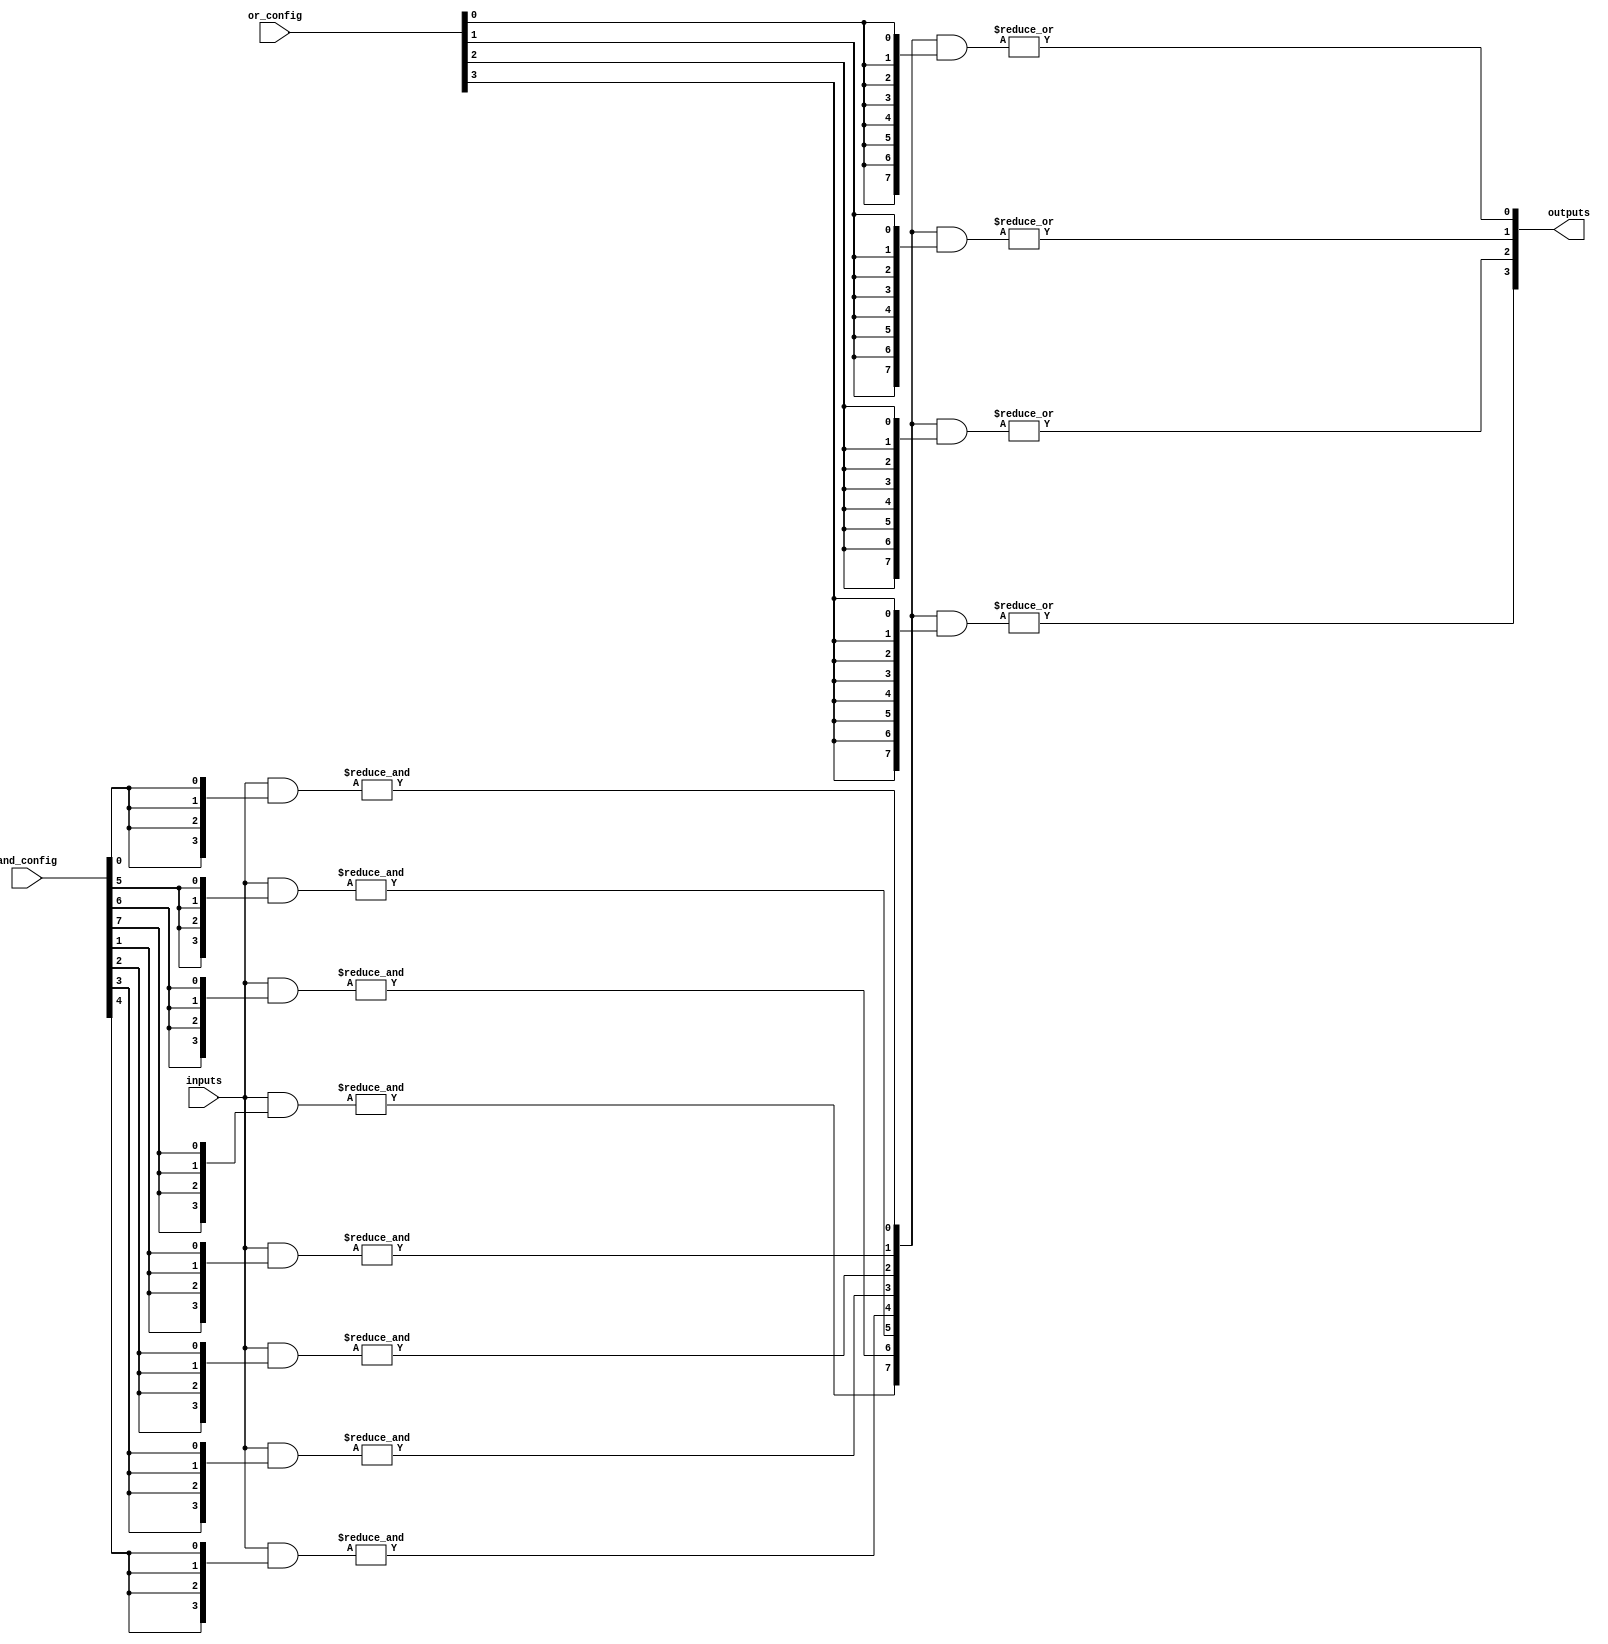
module GPAL #(
    parameter NUM_INPUTS = 4,    // Number of input lines
    parameter NUM_AND_GATES = 8,  // Number of AND gates
    parameter NUM_OR_GATES = 4     // Number of OR gates
)(
    input wire [NUM_INPUTS-1:0] inputs,                   // Input lines
    input wire [NUM_AND_GATES-1:0] and_config,            // Configuration for AND gates
    input wire [NUM_OR_GATES-1:0] or_config,              // Configuration for OR gates
    output wire [NUM_OR_GATES-1:0] outputs                 // Output lines
);

    // Internal wires for product terms
    wire [NUM_AND_GATES-1:0] product_terms;

    // Programmable AND array
    genvar i, j;
    generate
        for (i = 0; i < NUM_AND_GATES; i = i + 1) begin : and_gate
            wire [NUM_INPUTS-1:0] and_inputs;
            assign and_inputs = inputs & {NUM_INPUTS{and_config[i]}};
            assign product_terms[i] = &and_inputs; // AND operation
        end
    endgenerate

    // Programmable OR array
    generate
        for (j = 0; j < NUM_OR_GATES; j = j + 1) begin : or_gate
            wire [NUM_AND_GATES-1:0] or_inputs;
            assign or_inputs = product_terms & {NUM_AND_GATES{or_config[j]}};
            assign outputs[j] = |or_inputs; // OR operation
        end
    endgenerate

endmodule